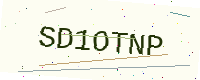
Text: SD1OTNP